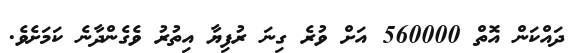
ދައްކަން އޮތް 560000 އަށް ވުރެ ގިނަ ރުފިޔާ އިތުރު ވެގެންދާނެ ކަމަށެވެ.